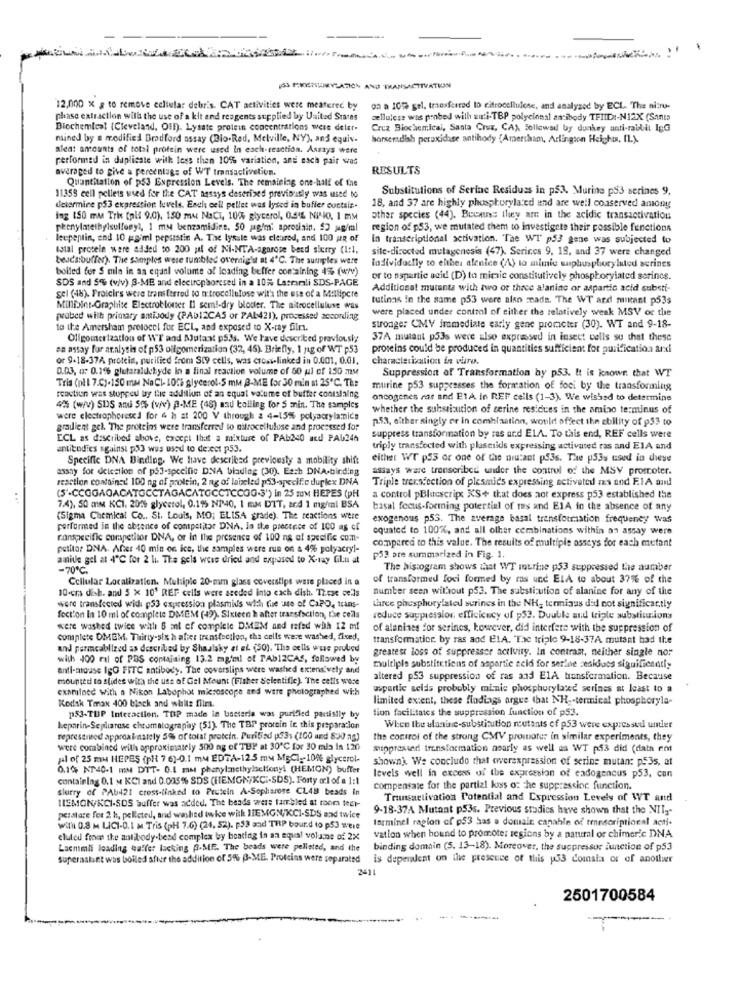
(53 FERIENSIOMYLATICA AND THANSACTIVATION
12,000 x a to remove ecliefar debris CAT activities were measured by
on a 105 gel, transferred ID citrocellulose, and analyzed by ECL. The nitro-
phase extraction wills the use of a kit and reagents supplied by United States
cellulose was probed with zuti-TBP polyclonal antibody TFIID :- N12X (Santa
Biochemical (Cleveland, Off). Lysate protein concentrations were delet-
Cruz Biochemical, Santa Cruz, CA), Followed by dunkey anti-raidlit IgG
mined by a modified Bradford assay (Bio.Red, Melville, NY), and equiv.
horseradish peroxidase antihody {Amersham, Arlington Heights, IL).
alea: amounts of total protein were used In esch-reaction. Assays were
performed in duplicate with less than 10% variation, and esch pair was
averaged to give a percentage of WT transactivetion.
RESULTS
Quantitation of p53 Expression Levels. The remaining one-half of the
Substitutions of Serine Residues in p53. Murine ps3 serines 9,
11355 cell pellets used for the CAT assays deserised previously was used to
determine p53 expression levels. Each cell pellet was lysed in buffer contais-
18, and 37 are highly phosphorylated and are well conserved amony
ing 150 mm Trix (pil 9.0), 150 mu NaCT, 10% glycerol, 0.54% NPIO. I mM
other species (44). Because they are in the acidic transactivation
phenylatethylsulfonyl, 1 my benzamidine. 50 jagimi aprotiain. 52 Mg/ml
region of p53, we mutated them to investigate their possible functions
leupentin, end 10 gaiml pepsistin A. The lysale was cleared, and 100 up of
In transcriptional activation. The WI p53 gene was subjected to
total protele were added to 200 ul of Ni-NTA-agarose beed sierry (1:1,
site-directed mutagenesis (47). Serices 9, 18, and 37 were changed
beucsibuffer). The samples were tumbled overnight at 4℃. The sunples were
bolled for S min in an equal volume of leading beffer containing 4% (wyv)
ladividuelly to either alenice (A) to mimic suplusphoryluted scrines
SDS and 5% (v/v) 3-ME and elecircphoresed in a 10% Lasmanli SDS-PAGE
or to aspartic acid (D) to mimic constitutively phosphoryiated serincs.
Additional mutanta with two or thace alanine or aspartic acid substi-
gel (48). Proicirs were transferred to nitrocellulose with the use of a Millipore
tutinns in the same p53 were also mada. The WT and mint p53s
Millisint-Graphise Electroblouer Il semi-dry bloter. The nitrocelluluse was
were placed under control of either the relatively weak MSV or the
probed with primary antisody (PADI2CAS or PAL421), processed according
to the Amersham pretocel for ECL, and exposed to X-ray film.
stronger CMV immediate early gene promoter (30). WT and 9-18-
Oligomerization of WT and Mutant p53s. We have described previously
37A mutant p53s were also expressed in insect cells su that these
en assay for analysis of p53 oilgomerization (32, 45). Briefly, 1 g of WT p53
proteins could be produced in quantities sufficient for purification arxi
or 9-18-37A protein, purified from St9 cells, was crost-linked in 0.001, 0.01.
characterization in viro.
0.03, 4: 0.16 glutaraluckyde in a final reaction volume of 60 pal of 150 my
Suppression of Transformation by p53. It is knowr. that WT
Tris (pll 7.C).150 ma NaCl- 10fh glycerol-5 mM B-ME for 30 min at 25℃. The
murine p53 suppresses the formation of foci by the transformning
reaction was stuppeu by the addition of an equal volume of buffer contslaing
oncogenes rar and ETA in REF cells (1-3). We wished to determine
4% (w/V) SDS and Sts (vrv) p-ME (46) and balling for 5 min. The samples
whether the substitution of serine residues in the amino terminus of
were electrophoresed for & h at 200 V through a 4-15% polyacrylamnice
p.53, either ningly er in combination, would affect the ability of 953 to
gradient gel. "The proteins were transferred lo nitrocellulose and processed for
ECL as described above, except that a mixture of PAb240 and PAU246
suppress transformation by ras and ELA. To this end, REF cells were
antibodies against p53 wus used to de.cet p53.
triply transfected with plasmids expressing activated ras and EIA and
Specific DNA Binding. We have described previously a mobility shift
either WT p53 or one of the niutant ps3s. The p53s used in chieye
assay for detection of på3-specific DNA binding (30). Each DNA-binding
assays ware transcribed under the control of the MSV promoter.
reaction contained 100 ng of protein, 2 ng of labeled p53-specific duplex DNA
Triple trensfection of plesmids expressing activated nas and F.1A and
(5'-CCGGAGACATOCCTAGACATGCCTCCOG-3') in 25 mM HEPES (PH
a control pBluescript XS+ that does aot express p53 established the
7.4), 50 mm KCI, 2016 glycerol, 0.195 NP40, 1 mM DTT, and 1 mg/ml BSA
basal focus-forming potertial of res and EIA in the absence of any
(Sigma Chemical Co .. St. Louis, MO; ELISA grade). The reactions were
exogenous p53. The average basal transformation frequency was
performed in the absence of competitor DNA, In the presence of 100 mg of
equated to 100%, and all other combinations within an assay were
ranspecific competitor DNA, or in the presence of 100 ns of specific com-
compared to this value. The results of multiple ossays for each mutant
petitor DNA. After 40 min on ice, the samples were run on a 4% polyacryl-
amide gel at 4℃ for 2 li The gels wess dried and exposed to X-ray Glu at
p53 are summarized in Fig. 1.
- 70ºC
The histogram shows that WT murine p53 suppressed the number
Cellular Localization. Multiple 20-mm glass coverstips ware placed in a
of transformed foci formed by ros und ELA to about 37% of the
10-cras dish. and 5 x 10' REF cells were aceded into each dish. These cells
number seen without p53. The substitution of alanine for any of the
were transfected wid p53 expression plasmids with the use of CaPO, trans-
three phosphorylated serines in the NK, terminus did not significantly
fection in 10 ml of complete DMEM (49). Sixteen h after transfection, the cells
reduce suppresslor, efficiency of p52. Duuble and triple substiunions
were washed twice with 6 ml of complete DMEM and rafed wah 12 mf
of alanines for serines, however, did interfere with the suppression of
complete DMEM. Thirty-six h alter transfection, tha cells were washed, fixed,
transformation. by ras and ELA. The triple 9-18-37A mutant had the
and permcablized as described by Shaalsky et ei (50). The cells wwe prubed
greatest loss of suppressor activity. In contrast, neither single no:
with 400 ral of PBS containing 13.2 mg/ml of TAb12CAS, followed by
anti-mouse IGO FITC antibody. The coverslips were washed extensively and
multiple substitutions of aspartie zeid for serine residuos significantly
mounted to slides with the use of Gel Mount (Fisher Selentific). The cells were
altered p53 suppression of ras and ElA transformation. Because
examined With a Nikon Labophot microscope and were photographed with
aspartic seids probably minic phosphorylated serines at least to a
limited extent, these findings argue that NH -- termical phosphoryla-
Kodsk Tmax 400 black and white flim.
tion facilitates the suppression function of p53.
p53-TUP Interaction. TOP made in batteria was purified partisily by
heparin-Seplarose chromatography (51). The TBI protein ic this preparation
When the alanine-substitution noutants of p53 were expressed under
represented appreabastely 5% of total protein. Purified p53, (100 and 8:10 ng)
the control of the strong CMV promoter in similar experiments, they
were combined with approximately 500 ag of THE at 30℃ for 30 mia In 120
suppressed transformation nearly as well as WT p53 did (data rot
pil of 25 mu HEPES (pli 7 6)-0.1 mm EDTA-12.5 mm MsCl -- 106 glycerol-
shown). We conclude that wwerexpression of serine mutan: p535, at
0.10% NT40-1 mm DITT- 0.1 met phenylmethylseliony! (HEMON) buffer
containing 0.1 x KCI and 0.005% SDS (HEMGN/KCi-SDS). Forty orl of a 1:1
levels well in excess of the expression of cadogencus p53, con
slurry of PAb421 cross-linked to Protein A-Sophiarose CLAB beads in
compensate for the partial koss o: che suppression function.
115MGN/KCI-SDS Suffer was added. The beads were tumbled at room teer-
Transactivation Potential and Expression Levels of WT and
9-18-37A Mutant p536. Previous studies have shown that the NIly"
pcistare for 2 h, pelleted, and washed twice with HEMGN/KCI-SDS and twice
larminel ragion of p53 has a domain capable of reninscriptionnl acti-
will 0.8 M LICI-O.I M Tris (pH 7.6) (24, 52). p53 and TRP bound to p53 were
eluted from the antibody.bend complex by boating in an equal volume of 2X
vation when hound to promoter regions by a natural or chimer'e DNA
Lacmimli leading buffer lacking A.ME. The beads were pelleted, and the
binding domain (5. 13-18). Moreover, the suppressor function of p53
superaslant was boiled after the addition of 5% B-ME. Proteins were separated is dependent on the presence of this p53 comala or of anotlwr
2411
2501700584
--